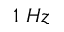
1 \; H z